Alphabetical list of drugs, medicines and other preparations free from, and containing, spirit compiled from the results of tests made by the customs houses at Calcutta, Bombay, and Madras
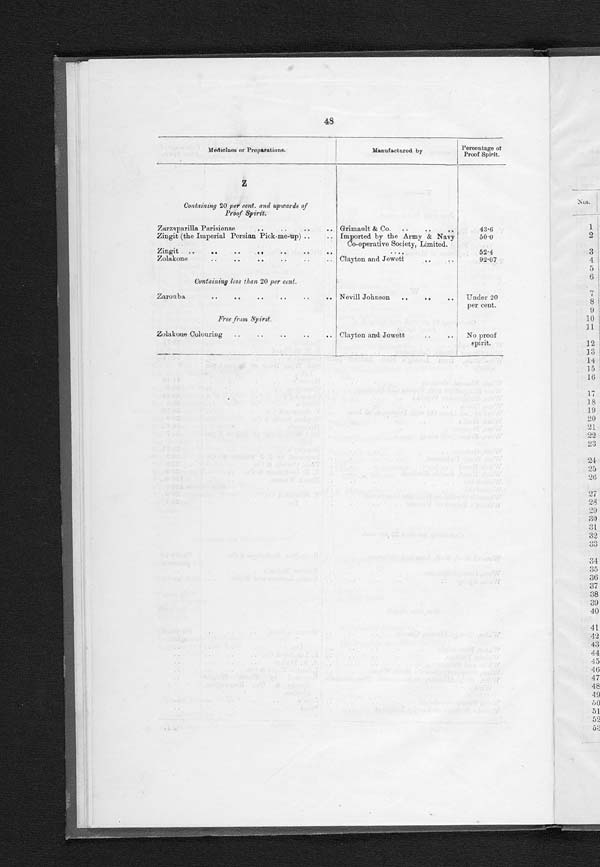
48
Medicines or Preparations.
Manufactured by
Percentage of
Proof Spirit.
Z
Containing 20 per cent. and upwards of
Proof Spirit.
Zarzaparilla Parisiense . . .
Grimault & Co. . . .
43.6
Zingit (the Imperial Persian Pick-me-up) . . .
Imported by the Army & Navy
Co-operative Society, Limited.
50.0
Zingit . . .
. . .
52.4
Zolakone . . .
Clayton and Jewett . . .
92.07
Containing less than 20 per cent.
Zarouba . . .
Nevill Johnson . . .
Under 20
per cent.
Free from Spirit.
Zolakone Colouring . . .
Clayton and Jowett . . .
No proof
spirit.